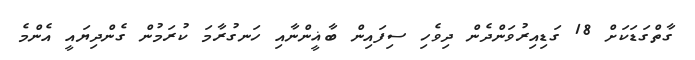
ގާތްގަޑަކަށް 18 ގަޑިއިރުވަންދެން ދިވެހި ސިފައިން ބާޣީންނާއި ހަނގުރާމަ ކުރަމުން ގެންދިޔައީ އެންމެ